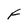
Character: F